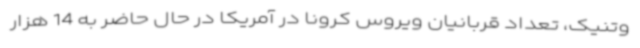
وتنیک، تعداد قربانیان ویروس کرونا در آمریکا در حال حاضر به 14 هزار